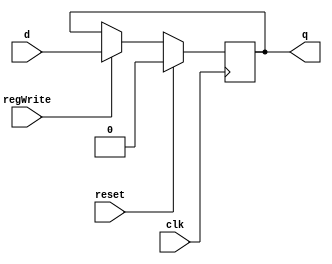
module D_ff_pipeline (input clk, input reset, input regWrite, input d, output reg q);
	always @ (negedge clk)
	begin
	if(reset==1'b1)
		q=0;
	else
		if(regWrite == 1'b1) begin q=d; end
	end
endmodule

module register16bit( input clk, input reset, input regWrite, input [15:0] writeData, output  [15:0] outR );
  
  // Short Hand Notation
	D_ff_pipeline d[15:0] (clk, reset, regWrite, writeData, outR);

endmodule

module register32bit( input clk, input reset, input regWrite, input [31:0] writeData, output  [31:0] outR );
  
  // Short Hand Notation
	D_ff_pipeline d[31:0] (clk, reset, regWrite, writeData, outR);
	
endmodule


module register4bit( input clk, input reset, input regWrite, input [3:0] writeData, output  [3:0] outR );
	
	// Short Hand Notation
	D_ff_pipeline d[3:0](clk, reset, regWrite, writeData, outR);

endmodule

//Register 1 bit
module register1bit( input clk, input reset, input regWrite, input writeData, output outR );
  
	D_ff_pipeline d0(clk, reset, regWrite, writeData, outR);
	
endmodule

//Register 2 bits
module register2bit( input clk, input reset, input regWrite, input [1:0]writeData, output [1:0] outR );
  
  // Short Hand Notation
	D_ff_pipeline d[1:0](clk, reset, regWrite, writeData, outR);	
	
endmodule

module register3bit( input clk, input reset, input regWrite, input [2:0]writeData, output [2:0] outR );
  
  // Short Hand Notation
	D_ff_pipeline d[2:0](clk, reset, regWrite, writeData, outR);

endmodule


module IF_ID(input clk, input reset, input flush,input IF_Write,
  input [15:0] instr_set1,input [15:0] instr_set2,input [31:0] pc, 
  output [15:0] p0_intr1,output [15:0] p0_intr2,output [31:0] p0_pc);
	
	register16bit set1( clk, reset|flush, IF_Write,  instr_set1, p0_intr1 ); // Stores The 1st Instruction
	register16bit set2( clk, reset|flush, IF_Write,  instr_set2, p0_intr2 ); // Stores The 2nd Instruction
	register32bit pc_pipe( clk, reset|flush, IF_Write,  pc, p0_pc ); // Stores The PC
	
endmodule

module ID_EX(input clk, input reset, input flush, input ID_Write, input [2:0] loadStoreAddSel, input [2:0] cmpShiftSubSel, input [2:0] subSrcSel,
  input [31:0] storeData, input [31:0] loadStoreAdd,input [31:0] cmpShift, input [31:0] cmpShiftSub, input [31:0] subSrc ,input [31:0] addSrc,
  input [31:0] sExtOut_loadstore,input [31:0] sExtOut_add, input [31:0] p0_pc, input [2:0] rd_add,input [2:0] rd_load,input [2:0] rd_remain, 
  input [1:0]ctr_aluSrcA,input [1:0]ctr_aluSrcB,input [1:0] ctr_aluOp, input ctr_g1regDst, input ctr_memRead,
  input ctr_memWrite,input ctr_regWrite1,input ctr_regWrite2,input cause, input invalid, input ctr_flagWrite1, input ctr_flagWrite2,
  
  output [2:0] p1_loadStoreAddSel, output [2:0] p1_cmpShiftSubSel, output [2:0] p1_subSrcSel,output [31:0] p1_storeData,
  output [31:0] p1_loadStoreAdd, output [31:0] p1_cmpShift, output [31:0] p1_cmpShiftSub, output [31:0] p1_subSrc ,
  output [31:0] p1_addSrc, output [31:0] p1_sExtOut_loadstore, output [31:0] p1_sExtOut_add, output [2:0] p1_rd_add, output [2:0] p1_rd_load, 
  output [2:0] p1_rd_remain, output [1:0] p1_aluSrcA, output [1:0] p1_aluSrcB, output [1:0] p1_aluOp, output p1_g1regDst, output p1_memRead, 
  output p1_memWrite, output p1_regWrite1, output p1_regWrite2, output p1_cause, output p1_invalid, output [31:0] p1_pc,
  output p1_flagWrite1, output p1_flagWrite2);
	
	//register output and signExt
	register32bit r1(  clk,  reset|flush,  ID_Write, storeData, p1_storeData );
	register32bit r2(  clk,  reset|flush,  ID_Write, loadStoreAdd, p1_loadStoreAdd);
	register32bit r3(  clk,  reset|flush,  ID_Write, cmpShift,  p1_cmpShift );
	register32bit r4(  clk,  reset|flush,  ID_Write, cmpShiftSub, p1_cmpShiftSub);
	register32bit r5(  clk,  reset|flush,  ID_Write, subSrc ,  p1_subSrc );
	register32bit r6(  clk,  reset|flush,  ID_Write, addSrc, p1_addSrc );
	register32bit r7(  clk,  reset|flush,  ID_Write, sExtOut_loadstore, p1_sExtOut_loadstore );
	register32bit r8(  clk,  reset|flush,  ID_Write, sExtOut_add, p1_sExtOut_add);
	
	//register select lines and writeback lines
	register3bit r9( clk, reset|flush,  ID_Write, rd_add,  p1_rd_add );
	register3bit r10(  clk,  reset|flush,  ID_Write, rd_load,  p1_rd_load );
	register3bit r11(  clk,  reset|flush,  ID_Write, rd_remain,  p1_rd_remain );
	register3bit r12(  clk,  reset|flush,  ID_Write, loadStoreAddSel,  p1_loadStoreAddSel );
	register3bit r13(  clk,  reset|flush,  ID_Write, cmpShiftSubSel,  p1_cmpShiftSubSel );
	register3bit r14(  clk,  reset|flush,  ID_Write, subSrcSel,  p1_subSrcSel );		
	
	//alu signals
	register2bit r15(  clk,  reset|flush,  ID_Write, ctr_aluSrcA,  p1_aluSrcA );
	register2bit r16(  clk,  reset|flush,  ID_Write, ctr_aluSrcB,  p1_aluSrcB );
	register2bit r17(  clk,  reset|flush,  ID_Write, ctr_aluOp,  p1_aluOp );		
	
	//destination register select
	register1bit r18(  clk,  reset|flush, ID_Write, ctr_g1regDst, p1_g1regDst );
	
	//mem control
	register1bit r19(  clk,  reset|flush, ID_Write,  ctr_memRead,p1_memRead);
	register1bit r20(  clk,  reset|flush, ID_Write,  ctr_memWrite, p1_memWrite);
	
	//register control
	register1bit r21(  clk,  reset|flush, ID_Write,  ctr_regWrite1, p1_regWrite1);
	register1bit r22(  clk,  reset|flush, ID_Write,  ctr_regWrite2, p1_regWrite2);
	register1bit r23(  clk,  reset|flush, ID_Write,  ctr_flagWrite1, p1_flagWrite1);
	register1bit r24(  clk,  reset|flush, ID_Write,  ctr_flagWrite2, p1_flagWrite2);
	
	//exception control
	register1bit r25(  clk,  reset|flush, ID_Write,  cause, p1_cause);
	register1bit r26(  clk,  reset|flush, ID_Write,  invalid, p1_invalid);

	//writing pc for epc
	register32bit r27( clk,  reset|flush,  ID_Write, p0_pc, p1_pc );
		
endmodule	


module EX_MEM( input clk, input reset, input flush, input EX_MEMregWrite, input [31:0] aluOut,input [31:0] address_lw_sw,input [31:0] p1_storeData,
   input [2:0] g1destreg, input [2:0] p1_rd_load, input p1_memRead, input p1_memWrite, input p1_regWrite1, input p1_regWrite2,
   input g1z_flag,input g1c_flag,input g1n_flag,input g1o_flag, input p1_flagWrite1, input p1_flagWrite2, 
   
   output [31:0] p2_aluOut,output [31:0] p2_address_lw_sw, output [31:0] p2_storeData, output[2:0] p2_g1destreg,output[2:0] p2_rd_load,
   output p2_memRead, output p2_memWrite, output p2_regWrite1, output p2_regWrite2, output p2_g1z_flag, output p2_g1c_flag, 
   output p2_g1n_flag,output p2_g1o_flag, output p2_flagWrite1, output p2_flagWrite2);
	
	register32bit r1(clk, reset|flush, EX_MEMregWrite, aluOut, p2_aluOut);
	register32bit r2(clk, reset|flush, EX_MEMregWrite, address_lw_sw, p2_address_lw_sw); //address calculation for load store
	register32bit r3(clk, reset|flush, EX_MEMregWrite, p1_storeData, p2_storeData);
	
	//destination registers
	register3bit  r4(clk, reset|flush, EX_MEMregWrite, g1destreg, p2_g1destreg);
	register3bit  r5(clk, reset|flush, EX_MEMregWrite, p1_rd_load, p2_rd_load);
	
	//mem controls
	register1bit r6(clk, reset|flush, EX_MEMregWrite, p1_memRead, p2_memRead);
	register1bit r7(clk, reset|flush, EX_MEMregWrite, p1_memWrite, p2_memWrite);
	
	
	//flags
	register1bit r8(clk, reset|flush, EX_MEMregWrite, g1z_flag, p2_g1z_flag);
	register1bit r9(clk, reset|flush, EX_MEMregWrite, g1c_flag, p2_g1c_flag);
	register1bit r10(clk, reset|flush, EX_MEMregWrite, g1n_flag, p2_g1n_flag);
	register1bit r11(clk, reset|flush, EX_MEMregWrite, g1o_flag, p2_g1o_flag);
	
	//register controls
	register1bit r12(clk, reset|flush, EX_MEMregWrite, p1_regWrite1, p2_regWrite1);
	register1bit r13(clk, reset|flush, EX_MEMregWrite, p1_regWrite2, p2_regWrite2);
	register1bit r14(clk, reset|flush, EX_MEMregWrite, p1_flagWrite1, p2_flagWrite1);
	register1bit r15(clk, reset|flush, EX_MEMregWrite, p1_flagWrite2, p2_flagWrite2);
	

endmodule

module MEM_WB(input clk, input reset, input flush, input MEM_WBregWrite, input [31:0] p2_aluOut, input [31:0] loadData,
   input [2:0] p2_g1destreg, input [2:0] p2_rd_load, input p2_regWrite1, input p2_regWrite2, input p2_g1z_flag, input p2_g1c_flag,
   input p2_g1n_flag, input p2_g1o_flag, input p2_flagWrite1, input p2_flagWrite2,  
   
   output [31:0] p3_aluOut, output [31:0] p3_loadData, output [2:0] p3_g1destreg, output[2:0] p3_rd_load,
   output p3_regWrite1, output p3_regWrite2, output p3_g1z_flag, output p3_g1c_flag, output p3_g1n_flag, output p3_g1o_flag,
   output p3_flagWrite1, output p3_flagWrite2);
	
	register32bit r1(clk, reset|flush, MEM_WBregWrite, p2_aluOut, p3_aluOut);
	register32bit r2(clk, reset|flush, MEM_WBregWrite, loadData, p3_loadData);
	
	//flags
	register1bit r3(clk, reset|flush, MEM_WBregWrite, p2_g1z_flag, p3_g1z_flag);
	register1bit r4(clk, reset|flush, MEM_WBregWrite, p2_g1c_flag, p3_g1c_flag);
	register1bit r5(clk, reset|flush, MEM_WBregWrite, p2_g1n_flag, p3_g1n_flag);
	register1bit r6(clk, reset|flush, MEM_WBregWrite, p2_g1o_flag, p3_g1o_flag);
	
	//register controls
	register1bit r7(clk, reset|flush, MEM_WBregWrite, p2_regWrite1, p3_regWrite1);
	register1bit r8(clk, reset|flush, MEM_WBregWrite, p2_regWrite2, p3_regWrite2);
	register1bit r9(clk, reset|flush, MEM_WBregWrite, p2_flagWrite1, p3_flagWrite1);
	register1bit r10(clk, reset|flush, MEM_WBregWrite, p2_flagWrite2, p3_flagWrite2);
	
	//destination registers
	register3bit r11(clk, reset|flush, MEM_WBregWrite, p2_g1destreg, p3_g1destreg);
	register3bit r12(clk, reset|flush, MEM_WBregWrite, p2_rd_load, p3_rd_load);
	
endmodule
 
module adder(input [31:0] in1, input [31:0] in2, output reg [31:0] adder_out);
	always@(in1 or in2)
		adder_out = in1 +in2;
endmodule